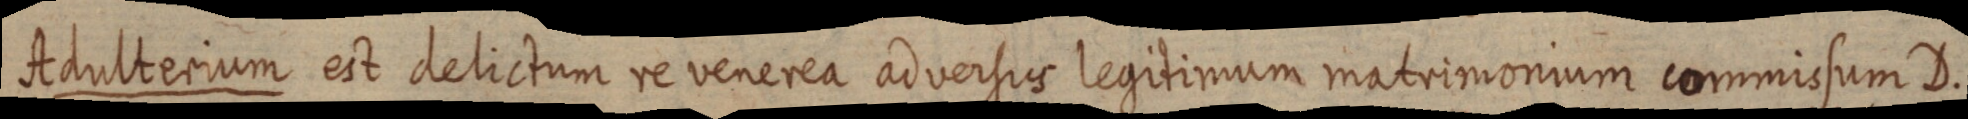
Adulterium est delictum re venerea adversus legitimum matrimonium commissum D.